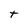
Character: t